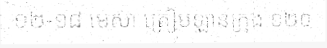
១២-១៨ មេសា ត្រៀមឡានក្រុង ១២០